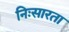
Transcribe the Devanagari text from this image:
निःसारता